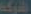
الشركة